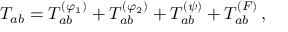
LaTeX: T _ { a b } = T _ { a b } ^ { ( \varphi _ { 1 } ) } + T _ { a b } ^ { ( \varphi _ { 2 } ) } + T _ { a b } ^ { ( \psi ) } + T _ { a b } ^ { ( F ) } \, ,